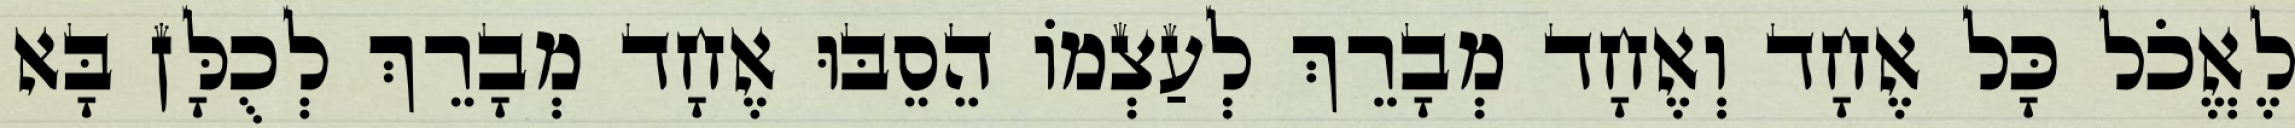
לֶאֱכֹל כָּל אֶחָד וְאֶחָד מְבָרֵךְ לְעַצְמוֹ הֵסֵבּוּ אֶחָד מְבָרֵךְ לְכֻלָּן בָּא